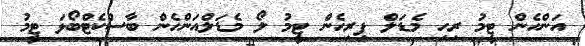
އަންހެން ޓީމު ރިހި މެޑަލް ފިރިހެން ޓީމު ލޯ މެޑަލްއަންހެން ބާސްކެޓްބޯޅަ ޓީމު